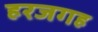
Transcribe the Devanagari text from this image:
हरजगह